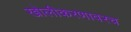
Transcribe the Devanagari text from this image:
खोलीकरणावरच